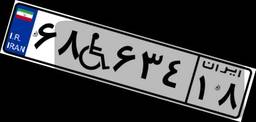
۶۸W۶۳۴۱۸